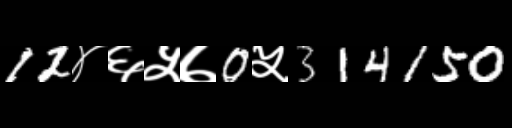
Text: 12४६५७0५314150